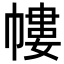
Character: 㡞